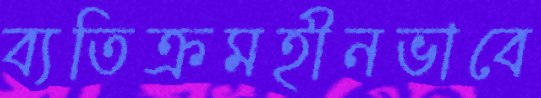
ব্যতিক্রমহীনভাবে